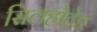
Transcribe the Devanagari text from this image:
सिलहोटेड